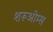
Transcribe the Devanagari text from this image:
शरूओम्स